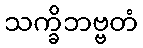
သက္ခိဘဗ္ဗတံ